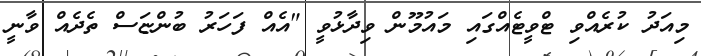
މިއަދު ކުރެއްވި ޓްވީޓެއްގައި މައުމޫން ވިދާޅުވީ "އެއް ފަހަރު ބުންޏަސް ތެދެއް ވާނީ